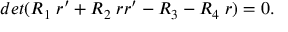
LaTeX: d e t ( R _ { 1 } \; r ^ { \prime } + R _ { 2 } \; r r ^ { \prime } - R _ { 3 } - R _ { 4 } \; r ) = 0 .